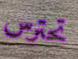
تحترس